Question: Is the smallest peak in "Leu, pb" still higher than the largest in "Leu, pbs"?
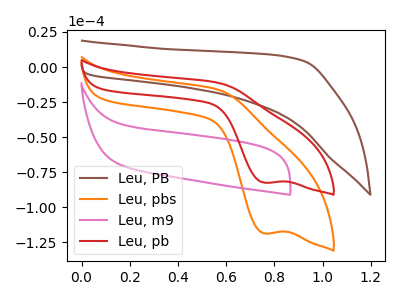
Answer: <think>The brown curve "Leu, PB" has no peaks. The orange curve "Leu, pbs" has a cathodic peak at: (0.75V, -118.60uA). The pink curve "Leu, m9" has no peaks. The red curve "Leu, pb" has a cathodic peak at: (0.75V, -82.45uA).</think>
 <answer>Every peak in "Leu, pb" is lower than every peak in "Leu, pbs".</answer>
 <eval>lower</eval>